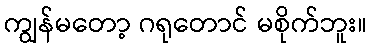
ကျွန်မတော့ ဂရုတောင် မစိုက်ဘူး။